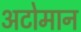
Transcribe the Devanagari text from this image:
अटोमान